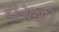
રાગથી